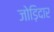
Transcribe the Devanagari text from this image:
जोड़िदार